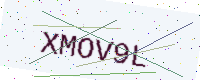
Text: XMOV9L